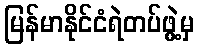
မြန်မာနိုင်ငံရဲတပ်ဖွဲ့မှ